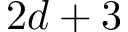
2 d + 3